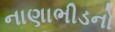
નાણાભીડનો